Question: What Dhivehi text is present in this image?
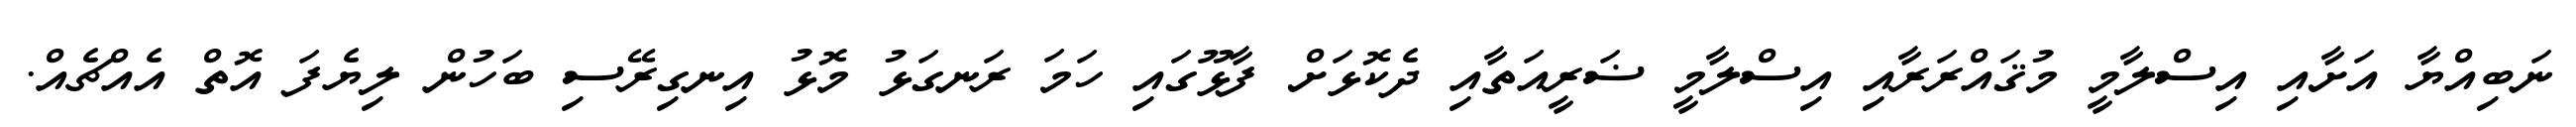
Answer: ނަބިއްޔާ އަށާއި އިސްލާމީ މުޤައްރަރާއި އިސްލާމީ ޟަރީއަތާއި ދެކޮޅަށް ފާޅޫގައި ހަމަ ރަނގަޅު މޮޅު އިނގިރޭސި ބަހުން ލިޔެފަ އޮތް އެއްޗެއް.